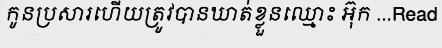
កូនប្រសារហើយត្រូវបានឃាត់ខ្លួនឈ្មោះ អ៊ុក ...Read